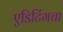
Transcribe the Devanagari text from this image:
एडिटिंगचा